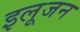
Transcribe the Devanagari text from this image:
इलूजन